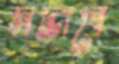
সদ্ভাবে